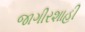
જાગીરશાહી